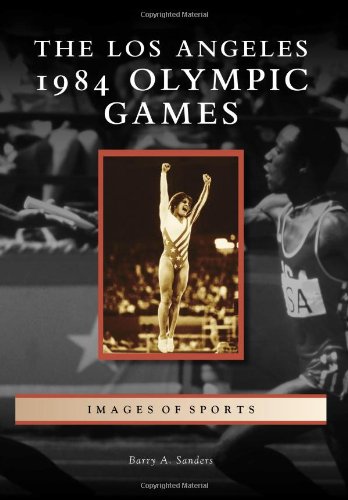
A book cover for Los Angeles 1984 Olympic Games, The (Images of Sports); Barry A. Sanders; Sports & Outdoors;